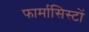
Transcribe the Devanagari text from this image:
फार्मासिस्टों